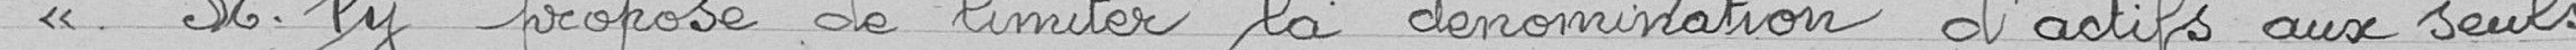
<< M. Py propose de limiter la dénomination d'actifs aux seuls